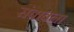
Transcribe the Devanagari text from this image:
संबावना